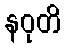
နဝုတိ